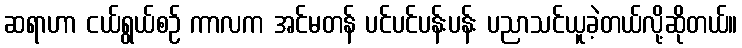
ဆရာဟာ ငယ်ရွယ်စဉ် ကာလက အင်မတန် ပင်ပင်ပန်းပန်း ပညာသင်ယူခဲ့တယ်လို့ဆိုတယ်။